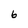
Character: 6